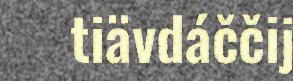
tiävdáččij